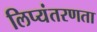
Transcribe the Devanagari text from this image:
लिप्यंतरणता